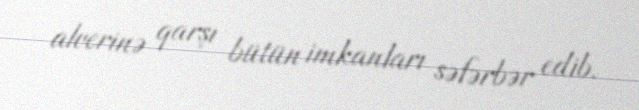
alverinə qarşı bütün imkanları səfərbər edib.